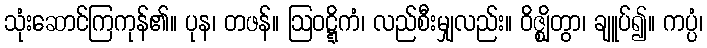
သုံးဆောင်ကြကုန်၏။ ပုန၊ တဖန်။ ဩဝဋ္ဋိကံ၊ လည်စီးမျှလည်း။ ဝိဇ္ဈိတွာ၊ ချူပ်၍။ ကပ္ပံ၊